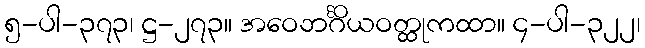
၅-ပါ-၃၇၃၊ ဋ္ဌ-၂၇၃။ အဝေဘင်္ဂိယဝတ္ထုကထာ။ ၄-ပါ-၃၂၂၊